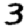
Digit: 3